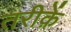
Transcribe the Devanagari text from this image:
तरीक़ें